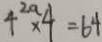
4 ^ { 2 a } \times 4 = 6 4